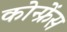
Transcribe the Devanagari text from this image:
कोन्फ्रेंस